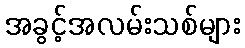
အခွင့်အလမ်းသစ်များ